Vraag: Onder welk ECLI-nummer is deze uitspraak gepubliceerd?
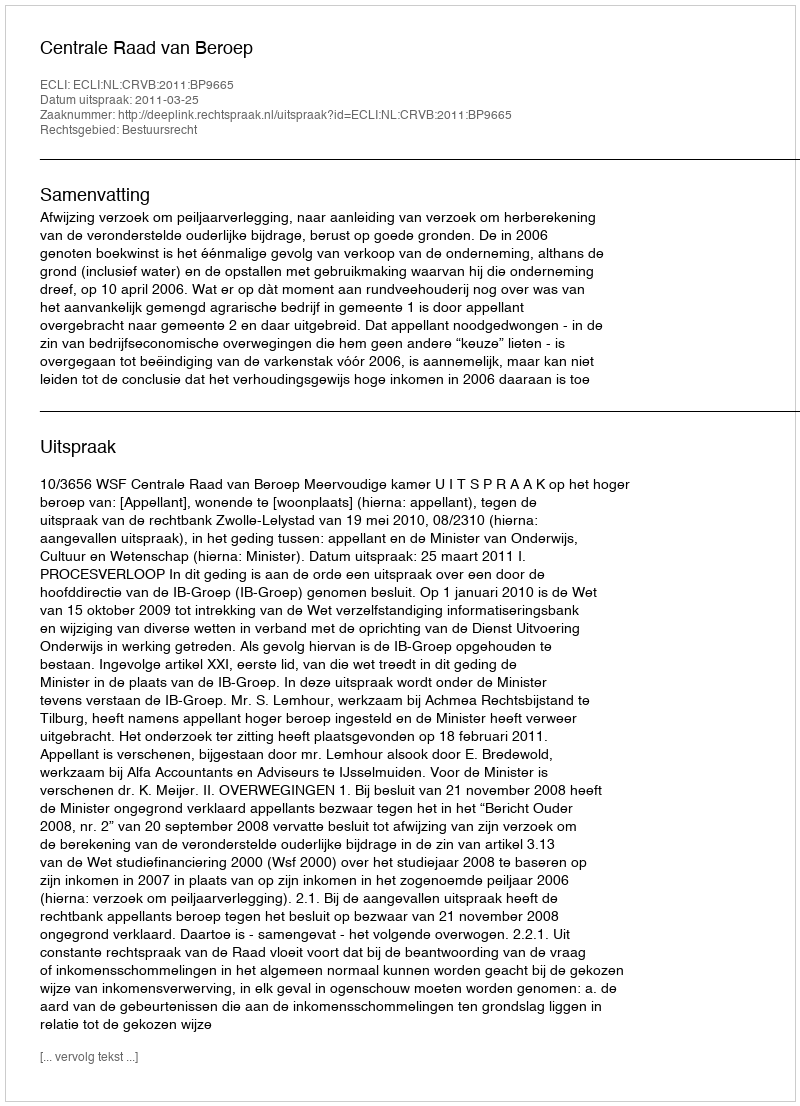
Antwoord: ECLI:NL:CRVB:2011:BP9665